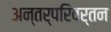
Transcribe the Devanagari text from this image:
अन्तर्परिवर्तन